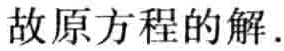
故原方程的解.